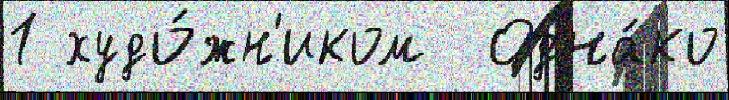
1 худо́жн'иком  Одна́ко